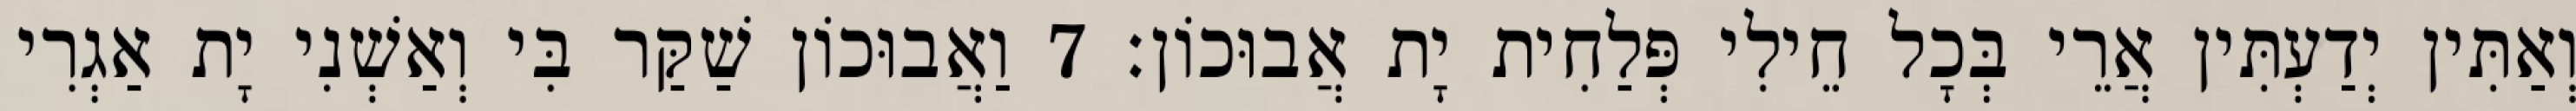
וְאַתִּין יְדַעְתִּין אֲרֵי בְּכָל חֵילִי פְּלַחִית יָת אֲבוּכוֹן׃ 7 וַאֲבוּכוֹן שַׁקַּר בִּי וְאַשְׁנִי יָת אַגְרִי